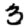
Digit: 3